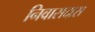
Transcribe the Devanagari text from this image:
निवासदास